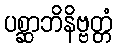
ပစ္ဆာဘိနိဗ္ဗတ္တံ